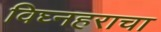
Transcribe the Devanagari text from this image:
विघ्नहराचा